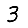
Digit: 3